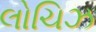
લોચિઝ